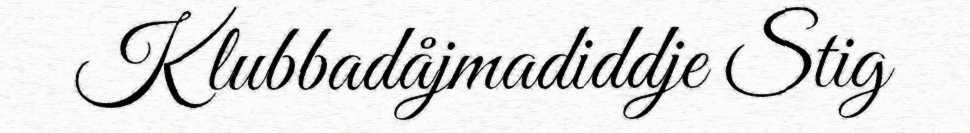
Klubbadåjmadiddje Stig